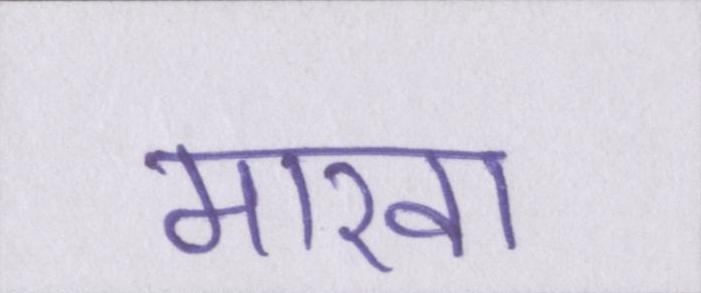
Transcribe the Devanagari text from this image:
मारवा